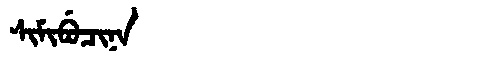
Manchu: ᠰᡳᠮᡳᠪᡠᠴᡳᠨᠠ
Romanization: SIMIBUCINA